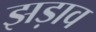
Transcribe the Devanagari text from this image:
झड़ाव